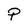
Character: P